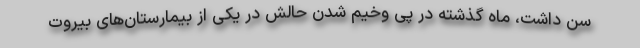
سن داشت، ماه گذشته در پی وخیم شدن حالش در یکی از بیمارستان‌های بیروت